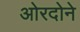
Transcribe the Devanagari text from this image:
ओरदोने